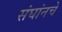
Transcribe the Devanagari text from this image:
संघांनचे